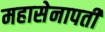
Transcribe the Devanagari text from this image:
महासेनापती